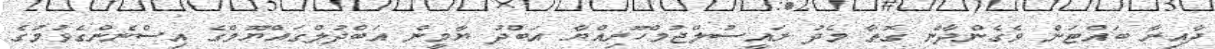
ދާއިރާ ބައްޓަން ވެގެންދާނެ ގޮތާ މެދު ރައީސުލްޖުމްހޫރިއްޔާ އަބްދު ޔާމީން އަބްދުލްގައްޔޫމްގެ އިސްނެންގެވުމުގެ